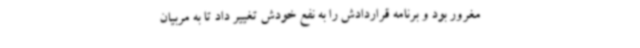
مغرور بود و برنامه قراردادش را به نفع خودش تغییر داد تا به مربیان